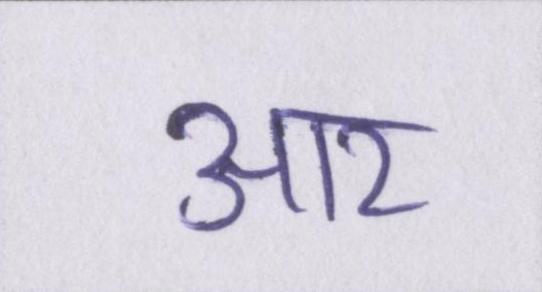
आर